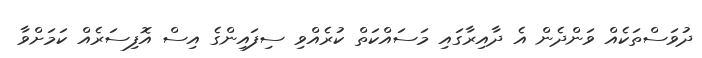
ދުވަސްތަކެއް ވަންދެން އެ ދާއިރާގައި މަސައްކަތް ކުރެއްވި ސިފައިންގެ އިސް އޮފިސަރެއް ކަމަށްވާ